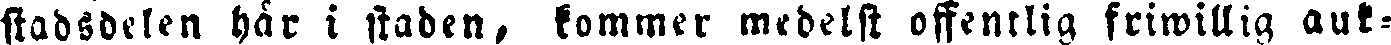
stadsdelen här i staden, kommer medelst offentlig friwillig auk-